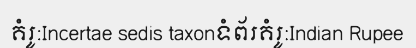
គំរូ:Incertae sedis taxonទំព័រគំរូ:Indian Rupee